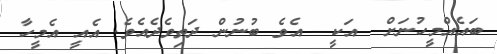
ބައެއްމީހުނަށް  އަކީ  އެވެ ބުނުން ދަތިވެދެއެވެ. އެއީ އެމީހާ